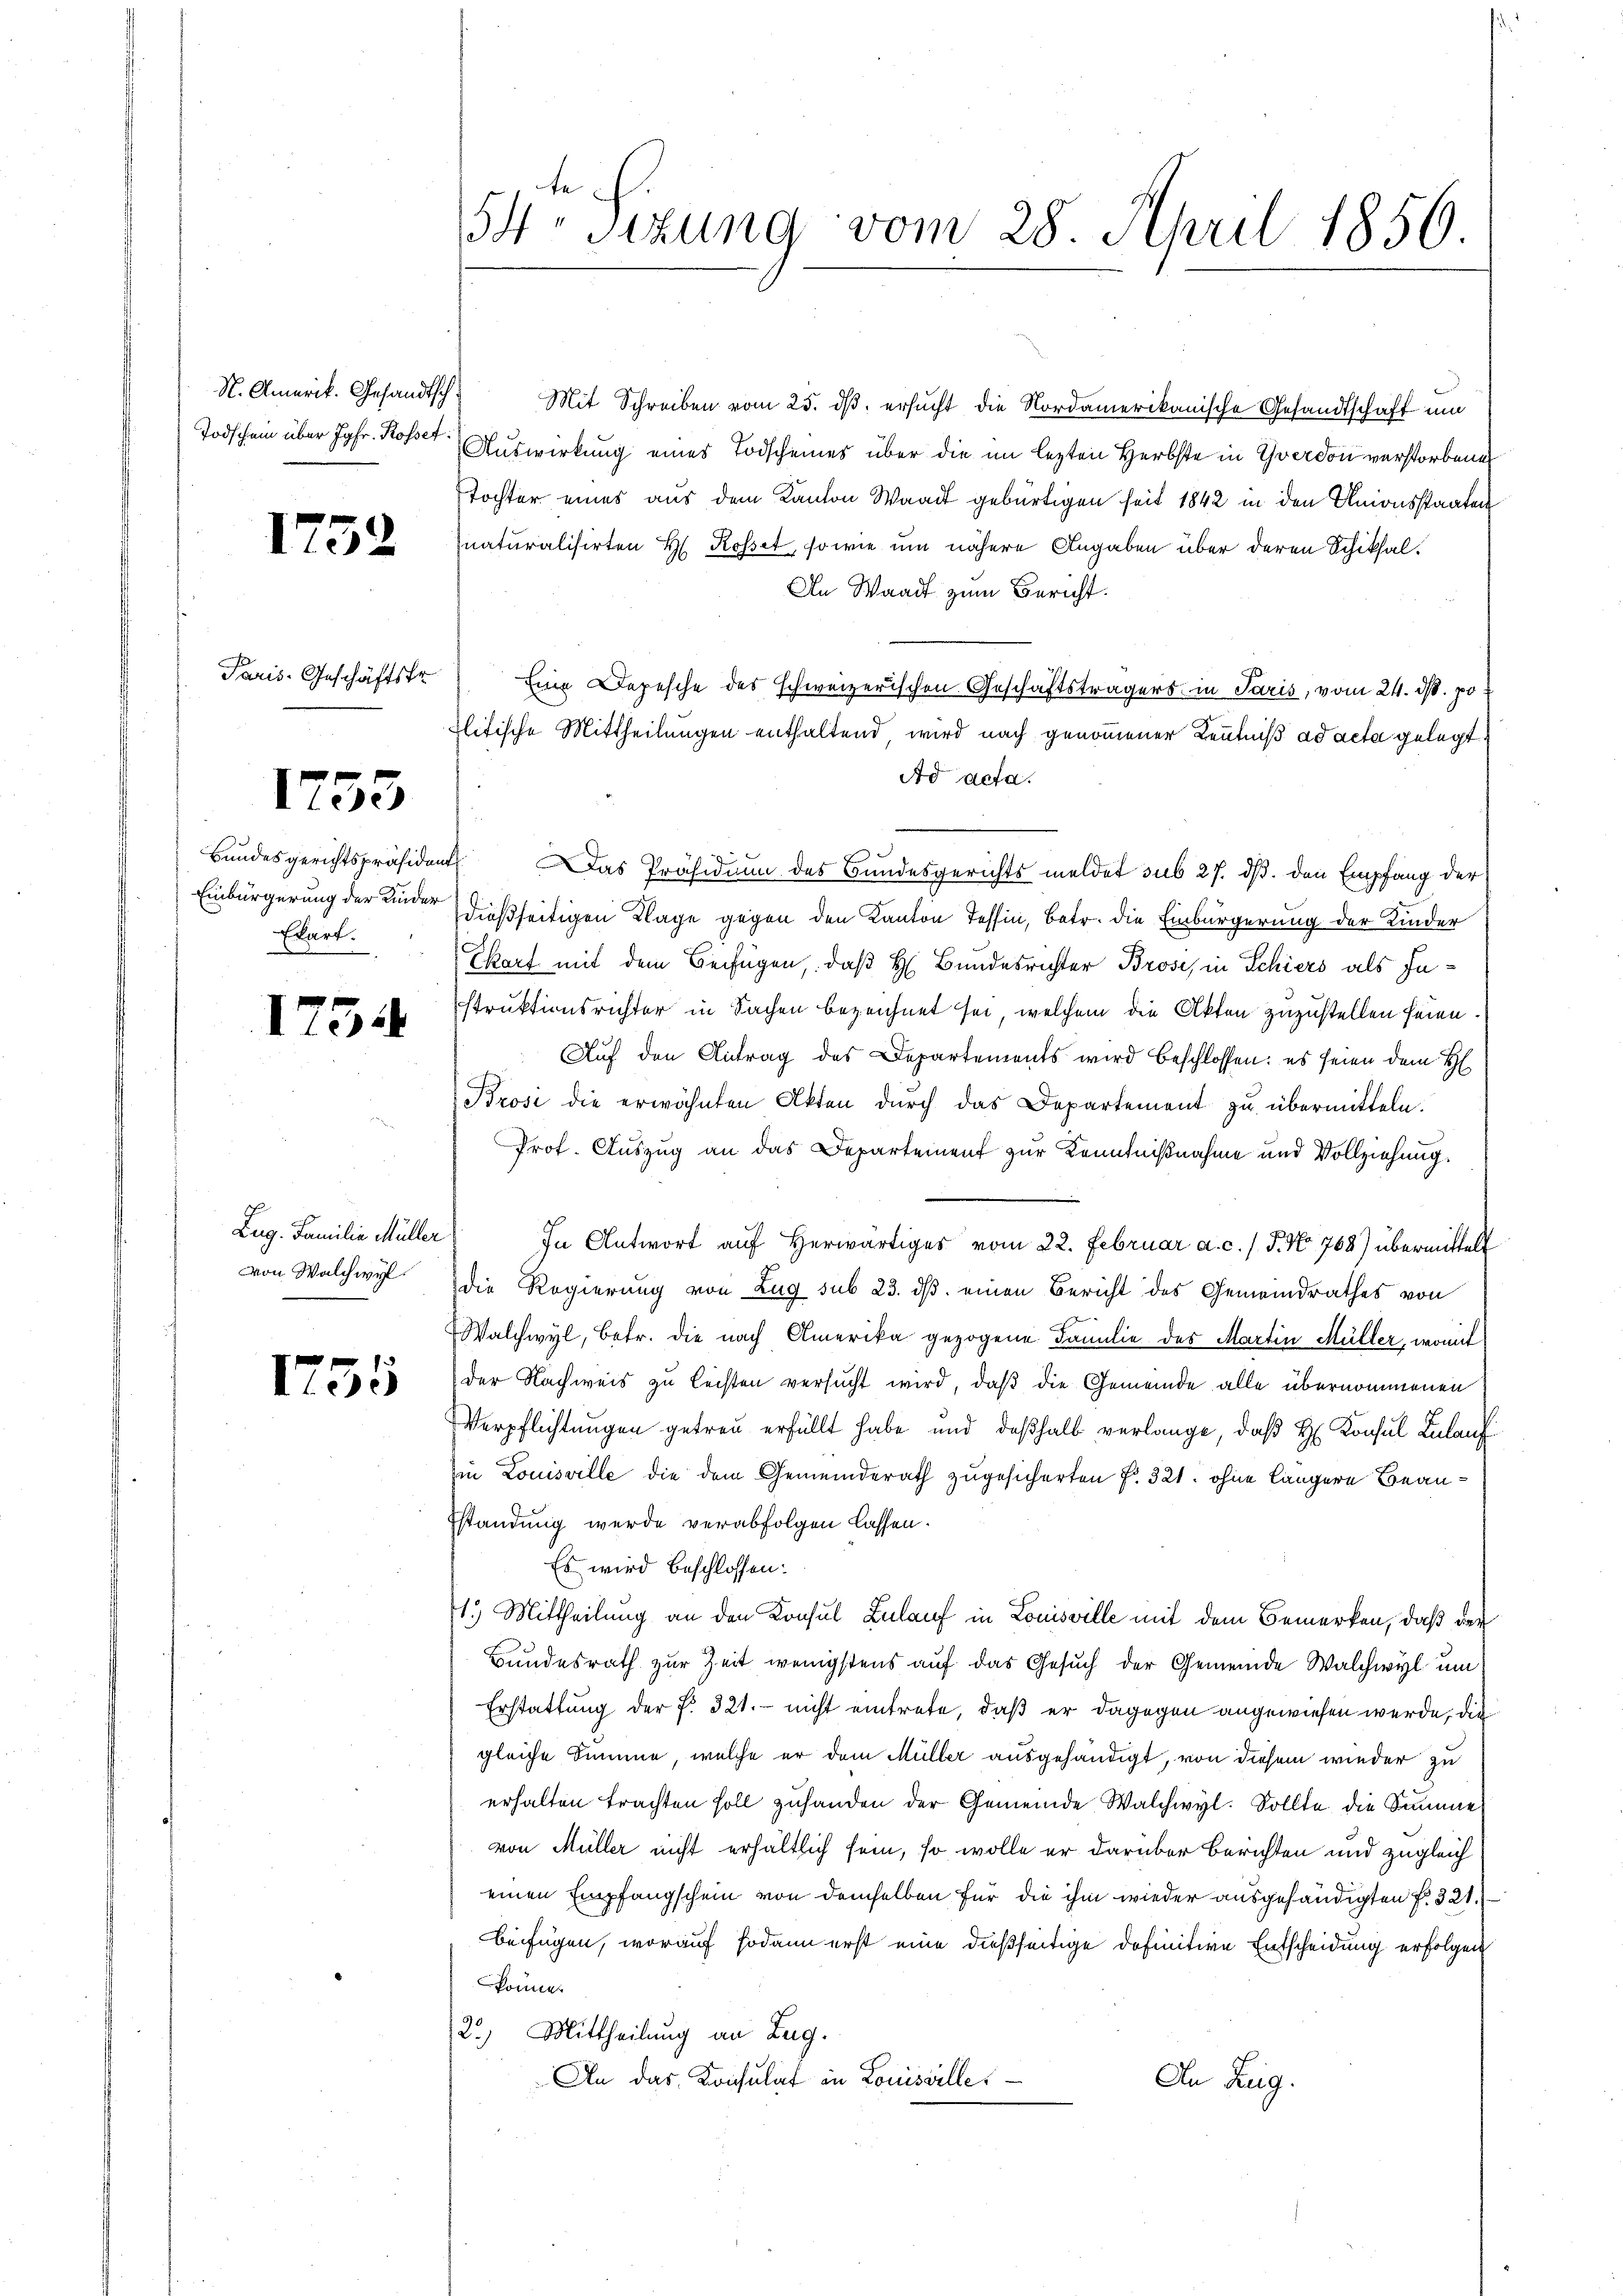
N. Amerik. Gesandtsch.

1752

Paris-Geschäftsfr.

1753

Einbürgerung der Kinder
Ekart.

1754

Zug. Familie Müller
von Walchwyl.

1755

54 Sizung vom 28. April 1856.

Mit Schreiben vom 25. dß ersucht die Nordamerikanische Gesandtschaft um
Todschein über Jgfr. Rosser Auswirkung eines Todscheines über die im lezten Herbste in Yverdon verstorbenen
Tochter eines aus dem Kanton Waadt gebürtigen seit 1842 in den Unionsstaaten
naturalisirten H. Rosset, sowie um nähere Angaben über deren Schiksal¬
An Waadt zum Bericht.
Eine Depesche des schweizerischen Geschäftsträgers in Paris, vom 24. ds. po
flitische Mittheilungen enthaltend, wird nach genommener Kenntniß ad acta gelegt
Ad acta.
Bundesgerichtspräsident. Das Präsidium des Bundesgerichts meldet sub 27. dß. den Empfang der
dießseitigen Klage gegen den Kanton Tessin, Betr. die Einbürgerung der Kinder
Ekart mit dem Beifügen, daß H. Bundesrichter Brose, in Schiers als Instruktionsrichter in Sachen bezeichnet sei, welchem die Akten zuzustellen seien.
Auf den Antrag des Departements wird beschlossen: es seien dem H
Brosi die erwähnten Akten durch das Departement zu übermitteln.
Prof. Auszug an das Departement zur Kenntnißnahme und Vollziehung.
 In Antwort auf herwärtiges vom 22. Februar a. c. / 5. No. 768) übermittelt
die Regierung von Zug sub 23. ds. einen Bericht des Gemeindrathes von
Walchwyl, betr. die nach Amerika gezogene Familie des Martin Müller, womit
der Nachweis zu leisten versucht wird, daß die Gemeinde alle übernommenen
Verpflichtungen getreu erfüllt habe und deßhalb verlange, daß H. Konsul Lulauf
Ein Louisville die dem Gemeinderath zugesicherten f. 321. ohne längere Beaustandung wurde verabfolgen lassen.
Es wird beschlossen:
1.) Mittheilung an den Konsul Zulauf in Louisville mit dem Bemerken, daß der
Bundesrath zur Zeit wenigstens auf das Gesuch der Gemeinde Walchwyl um
Erstattung der f. 321. - nicht eintrete, daß er dagegen angewiesen werde, die
gleiche Summe, welche er dem Müller ausgehändigt, von diesem wieder zu
erhalten trachten soll zŭhanden der Gemeinde Walchwyl. Sollte die Samme
von Müller nicht erhältlich sein, so wolle er darüber Berichten und zugleich
einen Empfangschein von demselben für die ihm wieder ausgehändigten f. 321.
befügen, worauf sodann erst eine dießseitige Definitive Entscheidung erfolgen
könne.
2.) Mittheilung an Zug.
An das Konsulat in Louisville
An Zug.